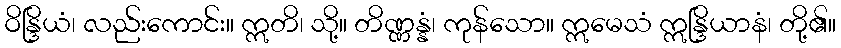
ဝိန္ဒြိယံ၊ လည်းကောင်း။ ဣတိ၊ သို့။ တိဏ္ဏန္နံ၊ ကုန်သော။ ဣမေသံ ဣန္ဒြိယာနံ၊ တို့၏။